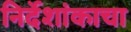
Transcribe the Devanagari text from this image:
निर्देशांकाचा